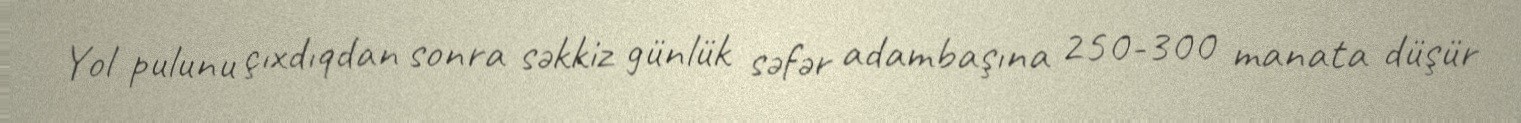
Yol pulunu çıxdıqdan sonra səkkiz günlük səfər adambaşına 250-300 manata düşür